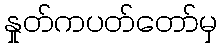
နှုတ်ကပတ်တော်မှ